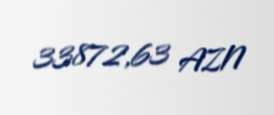
33872,63 AZN